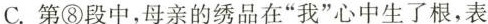
C.第⑧段中，母亲的绣品在1我”心中生了根，表